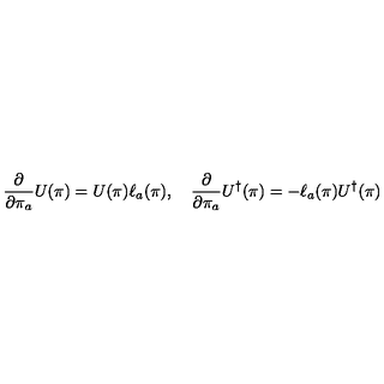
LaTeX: \frac { \partial } { \partial \pi _ { a } } U ( \pi ) = U ( \pi ) \ell _ { a } ( \pi ) , \quad \frac { \partial } { \partial \pi _ { a } } U ^ { \dagger } ( \pi ) = - \ell _ { a } ( \pi ) U ^ { \dagger } ( \pi )